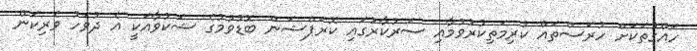
ހައްގުތަކަށް ހުރަސްތައް ކުރިމަތިކުރުވުމާއި ސަރުކާރުގައި ކޮރަޕްޝަން ބޮޑުވުމުގެ ޝަކުވާއަކީ އެ ދުވަހު ވެރިކަން